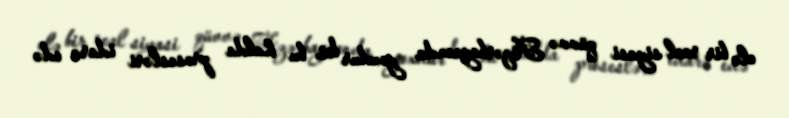
elə bir real siyasi qüvvə Azərbaycanda yoxdur ki, bu halda prosesləri idarə edə